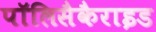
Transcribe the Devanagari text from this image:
पॉलिसैकैराइड